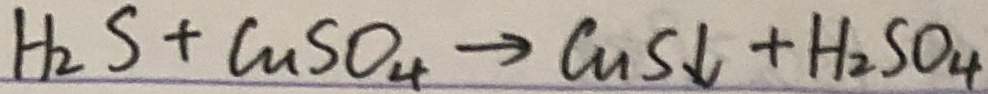
H _ { 2 } S + C u S O _ { 4 } \rightarrow C u S \downarrow + H _ { 2 } S O _ { 4 }